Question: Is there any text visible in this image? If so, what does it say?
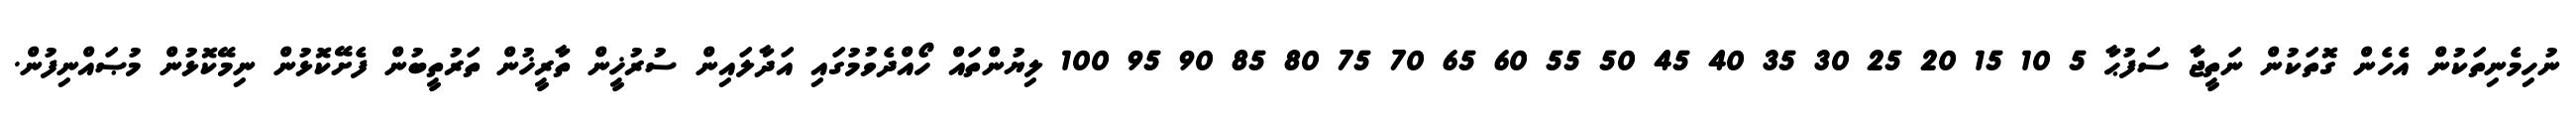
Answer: ނުހިމެނިތަކުން އެހެން ގޮތަކުން ނަތީޖާ ސަފުޙާ 5 10 15 20 25 30 35 40 45 50 55 60 65 70 75 80 85 90 95 100 ލިޔުންތައް ހޯއްދެވުމުގައި އަދާލައިން ސުރުޚީން ތާރީޚުން ތަރުތީބުން ފެށޭކޮޅުން ނިމޭކޮޅުން މުޞައްނިފުން.